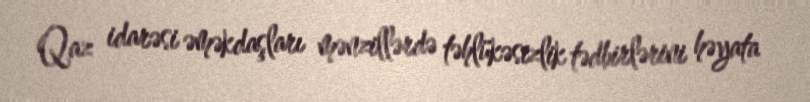
Qaz idarəsi əməkdaşları mənzillərdə təhlükəsizlik tədbirlərini həyata